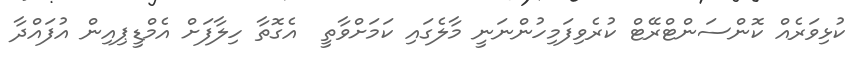
ކުޅިވަރެއް ކޮންސަންޓްރޭޓް ކުރެވިފަމިހުންނަނީ މާލެގައި ކަމަށްވާތީ  އެގޮތާ ހިލާފަށް އެމްޑީޕިއިން އުފައްދާ